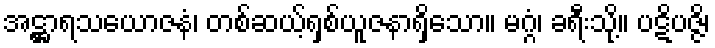
အဋ္ဌာရသယောဇနံ၊ တစ်ဆယ့်ရှစ်ယူဇနာရှိသော။ မဂ္ဂံ၊ ခရီးသို့။ ပဋိပဇ္ဇိ၊